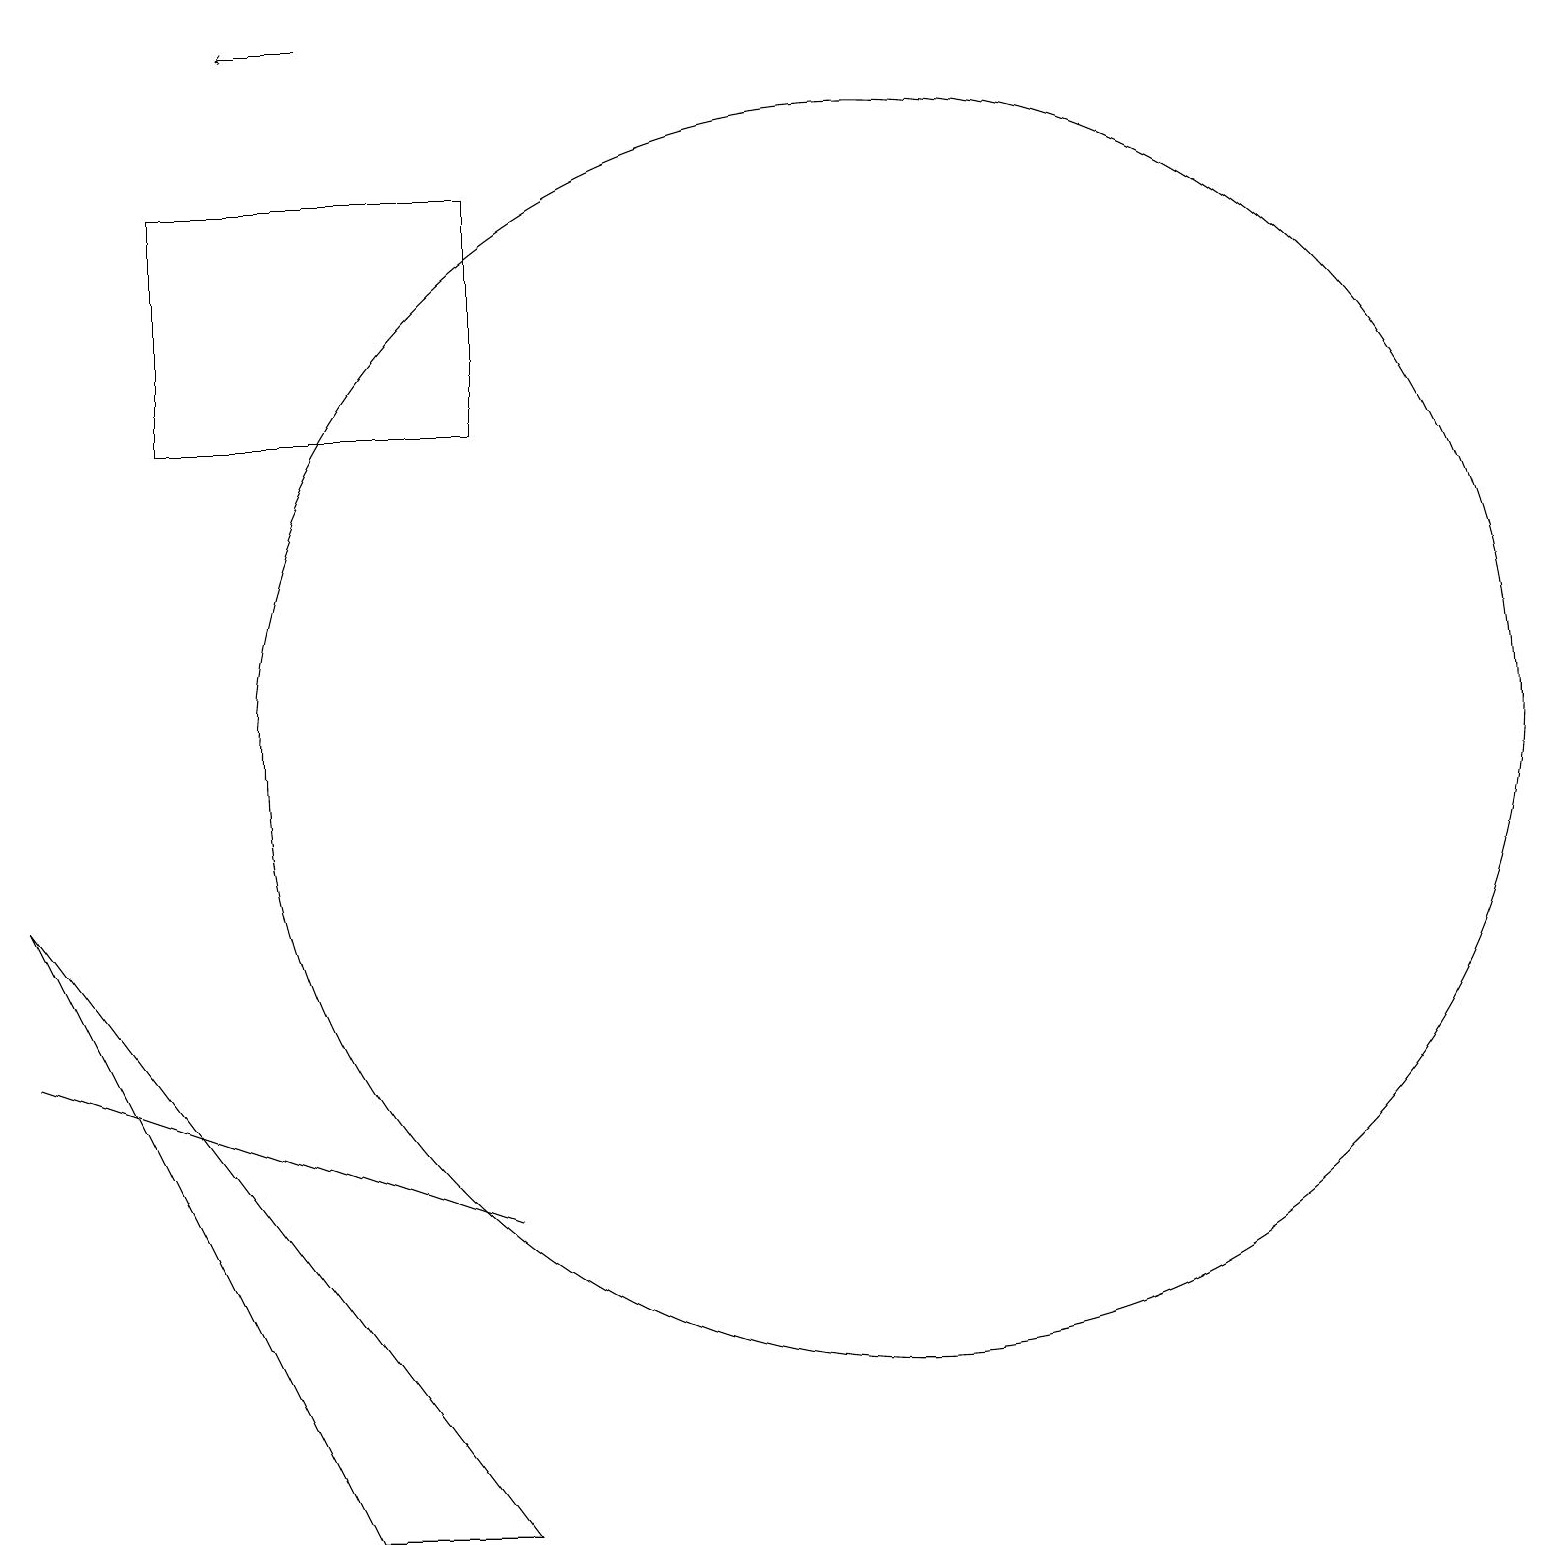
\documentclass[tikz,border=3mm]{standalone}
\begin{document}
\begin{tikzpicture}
\draw[->] (5,19) -- (4,19);
\draw (12,10) circle (8);
\draw (7,4) -- (1,6) -- (7,4) -- cycle;
\draw (7,14) rectangle (3,17);
\draw (1,8) -- (7,0) -- (5,0) -- cycle;
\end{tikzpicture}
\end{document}